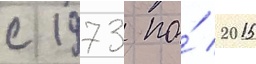
с 1973 по́ 2015